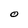
Character: O